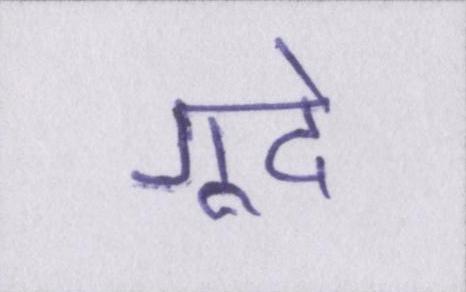
गूदे